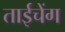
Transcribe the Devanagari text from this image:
ताईचेंग